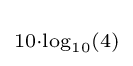
\scriptstyle 10\cdot \log _{10}(4)